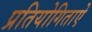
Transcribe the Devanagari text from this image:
प्रतियोगिताऐ